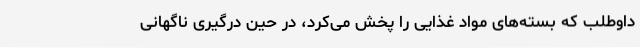
داوطلب که بسته‌های مواد غذایی را پخش می‌کرد، در حین درگیری ناگهانی